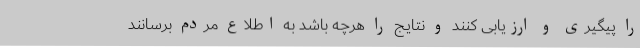
را پیگیری و ارزیابی کنند و نتایج را هرچه باشد به اطلاع مردم برسانند